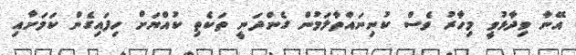
އޭނާ ވިދާޅުވީ މިހާރު ވެސް ކުނިނައްތާލަމުން ގެންދަނީ ތަކެތި ކުއްޔަށް ހިފައިގެން ކަމަށާއި